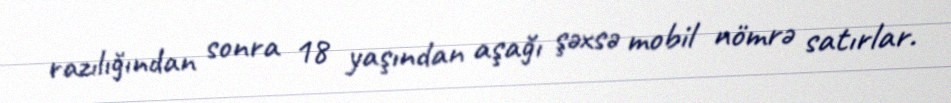
razılığından sonra 18 yaşından aşağı şəxsə mobil nömrə satırlar.